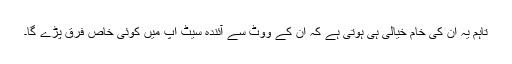
تاہم یہ اُن کی خام خیالی ہی ہوتی ہے کہ اُن کے ووٹ سے آئندہ سیٹ اپ میں کوئی خاص فرق پڑے گا۔